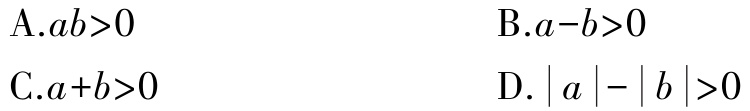
A.$ab>0$

B.$a - b>0$

C.$a + b>0$

D.$|a|-|b|>0$